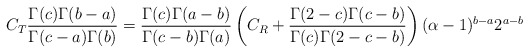
\begin{align*}C_T \frac{\Gamma(c) \Gamma(b-a)}{\Gamma(c-a) \Gamma(b)} =\frac{\Gamma(c) \Gamma(a-b)}{\Gamma(c-b) \Gamma(a)} \left( C_R + \frac{\Gamma(2-c)\Gamma(c-b)}{\Gamma(c) \Gamma(2-c-b)} \right)(\alpha-1)^{b-a} 2^{a-b}\end{align*}